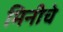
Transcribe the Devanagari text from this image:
मिनीचे